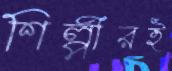
শিল্পীরই